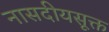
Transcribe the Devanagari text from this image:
नासदीयसूक्त